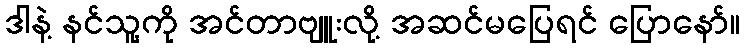
ဒါနဲ့ နင်သူ့ကို အင်တာဗျူးလို့ အဆင်မပြေရင် ပြောနော်။